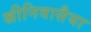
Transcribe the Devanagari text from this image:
स्रीनिवासैया